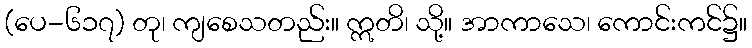
(ပေ-၆၁၇) တု၊ ကျစေသတည်း။ ဣတိ၊ သို့။ အာကာသေ၊ ကောင်းကင်၌။